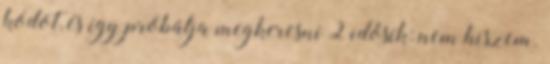
kódot, és így próbálja megkeresni 2 idősík: nem hiszem.